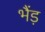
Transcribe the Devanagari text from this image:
भैंड़